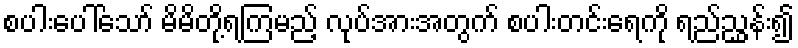
စပါးပေါ်သော် မိမိတို့ရကြမည့် လုပ်အားအတွက် စပါးတင်းရေကို ရည်ညွှန်း၍